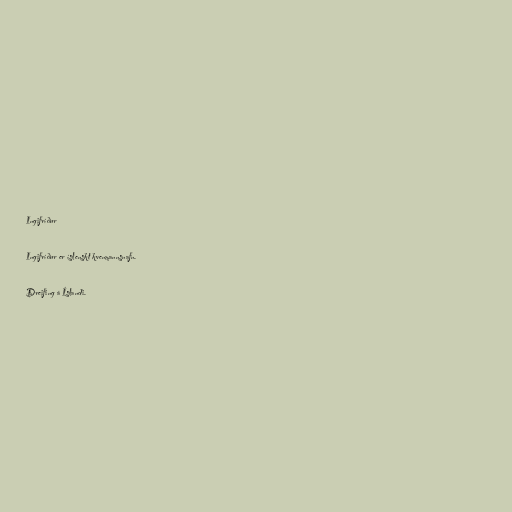
Ingifríður

Ingifríður er íslenskt kvenmannsnafn.

Dreifing á Íslandi.